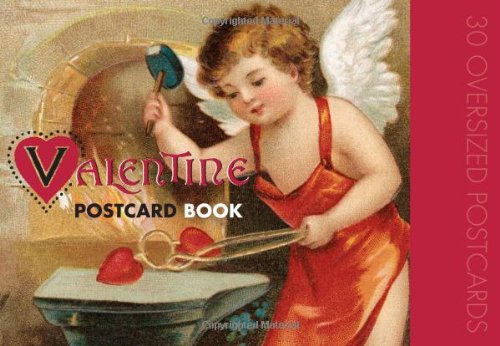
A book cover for Valentine Postcards; Crafts, Hobbies & Home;